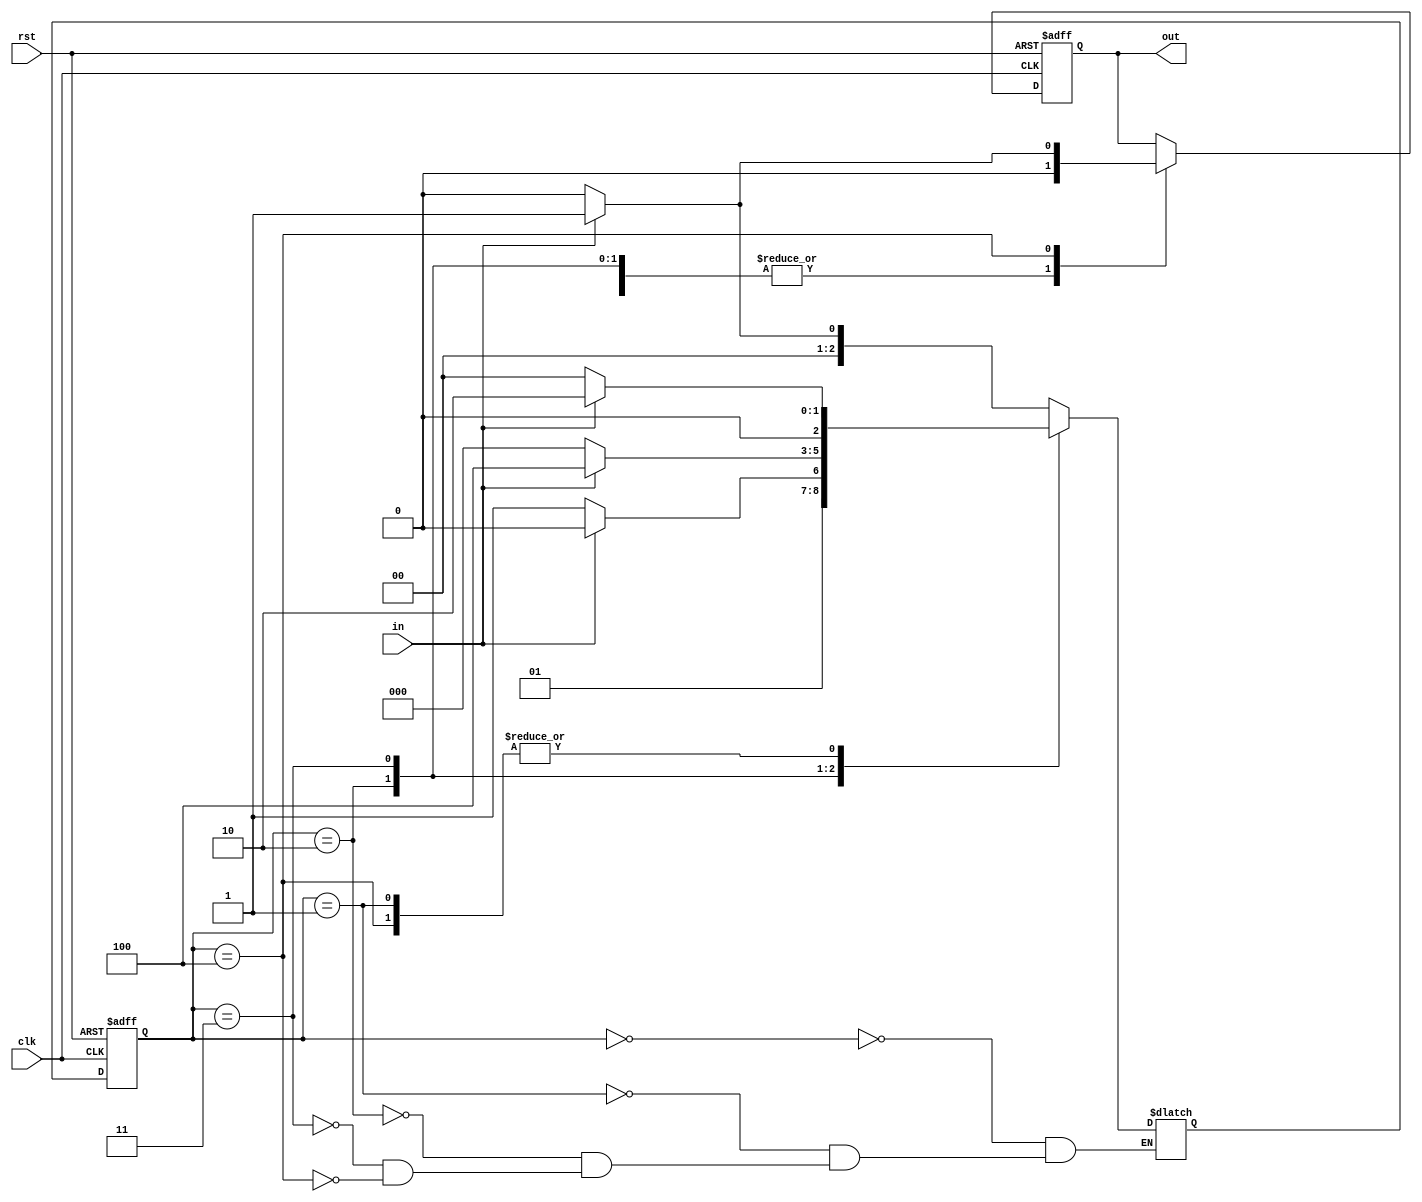
`timescale 1ns / 1ps

module Mealy_11011_OL_3_always_Case(out, in, clk, rst);
output out;
input in, clk, rst;
reg out;

reg [2:0] state;
reg [2:0] next_state;

parameter S0 = 3'b000;
parameter S1 = 3'b001;
parameter S2 = 3'b010;
parameter S3 = 3'b011;
parameter S4 = 3'b100;

always@(posedge clk or posedge rst)
begin

if(rst)
 state <= S0;
else
 state <= next_state;
end

always@(in or state)
begin
 case(state)
     S0: begin
			 if(in)                       // 1
			   next_state <= S1;
			 else
			   next_state <= S0;
			end
		
     S1: begin
			 if(in)                        // 1
			   next_state <= S2;
			 else
			   next_state <= S0;
			end
			
     S2: begin             
			 if(~in)                       // 0
			   next_state <= S3;
			 else
			   next_state <= S2;
			end
			
     S3: begin
			 if(in)                         // 1
			   next_state <= S4;
			 else
			   next_state <= S0;
			end
			
     S4: begin
			 if(in)                         // 1
			   next_state <= S2;
			 else
			   next_state <= S0;
			end
 endcase
end

always@(posedge clk or posedge rst)
begin
 if(rst)
  out <= 1'b0;
  else 
   begin
	case(state)
	S0 : out <= 1'b0;
	S1 : out <= 1'b0;
	S2 : out <= 1'b0;
	S3 : out <= 1'b0;
	S4 : begin
	      if(in)
			 out <= 1'b1;
			else 
			 out <= 1'b0;
		  end
	endcase 
   end
end
endmodule